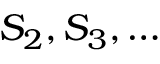
S _ { 2 } , S _ { 3 } , \ldots